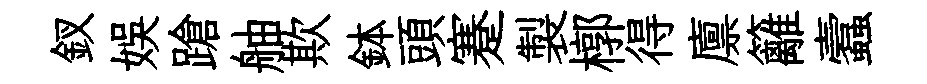
釵娱蹌舳欺鉢頭蹇製槨得廪籬蠧